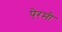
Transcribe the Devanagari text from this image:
पे्रमी